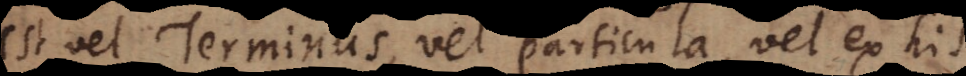
est vel Terminus, vel particula, vel ex his